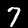
Label: 7